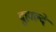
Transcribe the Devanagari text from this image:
दुहाल्दे